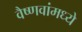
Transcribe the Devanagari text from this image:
वैष्णवांमध्ये